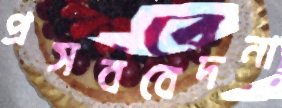
প্রসববেদনা